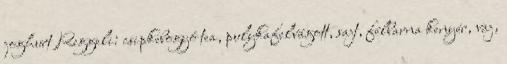
joghurt Reggeli: csipkebogyó tea, pulykafelvágott, sajt, félbarna kenyér, vaj,